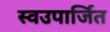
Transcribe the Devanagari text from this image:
स्वउपार्जित